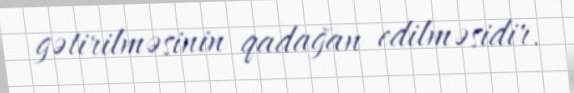
gətirilməsinin qadağan edilməsidir.